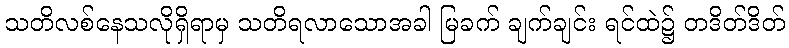
သတိလစ်နေသလိုရှိရာမှ သတိရလာသောအခါ မြခက် ချက်ချင်း ရင်ထဲ၌ တဒိတ်ဒိတ်